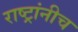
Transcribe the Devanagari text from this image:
राष्ट्रांनीच